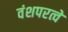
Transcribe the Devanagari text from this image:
वंशपरत्वे